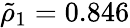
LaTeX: \tilde{\rho}_{1}=0.846